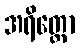
အရိတ္တော